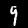
Label: 9